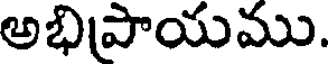
అభిపాయము.